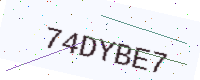
Text: 74DYBE7